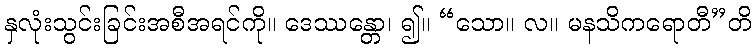
နှလုံးသွင်းခြင်းအစီအရင်ကို။ ဒေဿန္တော၊ ၍။ “သော။ လ။ မနသိကရောတီ”တိ